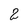
Character: 2